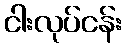
ငါးလုပ်ငန်း